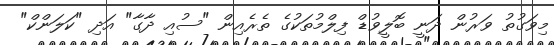
މިވަގުތު ވަރުން ދަނީ ބޮލީވުޑް ފިލްމުތަކުގެ ތެރެއިން "ސުއި ދާގާ" އަދި "ކަލަންކް"